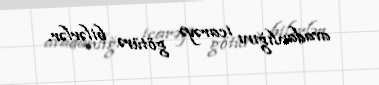
avadanlığını icarəyə götürə bilərlər.